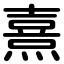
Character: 熹